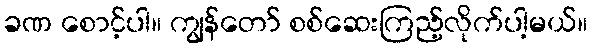
ခဏ စောင့်ပါ။ ကျွန်တော် စစ်ဆေးကြည့်လိုက်ပါ့မယ်။